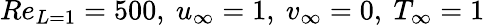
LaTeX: Re_{L=1}=500,~u_{\infty}=1,~v_{\infty}=0,~T_{\infty}=1